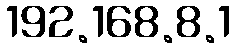
192.168.8.1